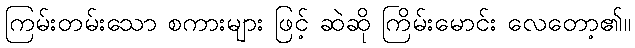
ကြမ်းတမ်းသော စကားများ ဖြင့် ဆဲဆို ကြိမ်းမောင်း လေတော့၏။